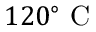
1 2 0 ^ { \circ } ~ \mathrm { C }